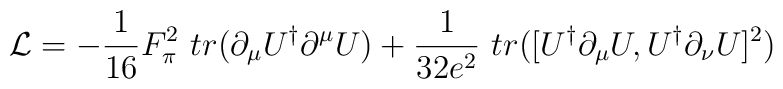
{\cal{L}}=-\frac{1}{16} F_{\pi}^2 ~tr(\partial_\mu U^{\dag} \partial^{\mu} U) + \frac{1}{32e^2}~tr([U^{\dag} \partial_{\mu} U,U^{\dag} \partial_{\nu} U]^2)